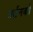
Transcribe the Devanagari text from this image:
बर्तनको